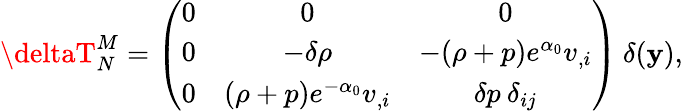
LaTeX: \deltaT_{N}^{M}=\left(\begin{array}{ccc}{{0}}&{{0}}&{{0}}\\ {{0}}&{{-\delta\rho}}&{{-(\rho+p)e^{\alpha_{0}}v_{,i}}}\\ {{0}}&{{(\rho+p)e^{-\alpha_{0}}v_{,i}}}&{{\delta p\: \delta_{ij}}}\end{array}\right)\: \delta(\mathbf{y}),